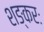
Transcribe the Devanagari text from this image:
शङ्करः